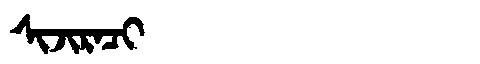
Manchu: ᠰᡳᠵᡳᡵᠠᠴᡳ
Romanization: SIJIRACI